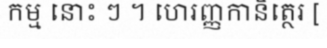
កម្ម នោះ ៗ ។ ហេរញ្ញកានិត្ថេរ [